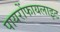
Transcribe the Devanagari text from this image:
पायरोंफायलाइट